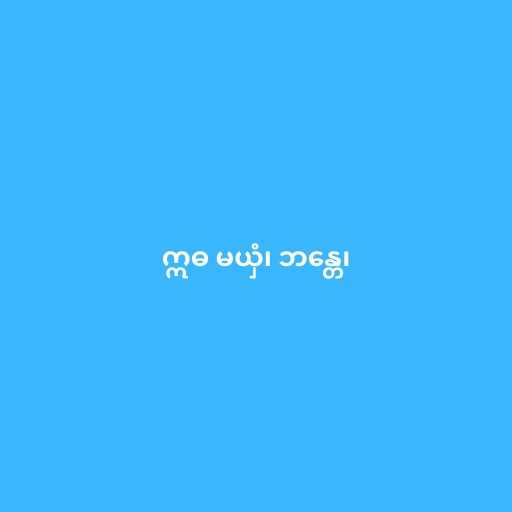
ဣဓ မယှံ၊ ဘန္တေ၊